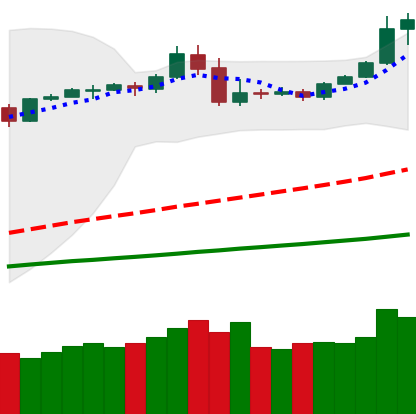
Ticker: BTC-USD
Chart end date: 2019-05-04
Forward return: 5.888%
Label: up_5_7